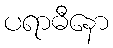
ပရာဓီနော